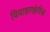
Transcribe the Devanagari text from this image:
विवाहाखेरीज